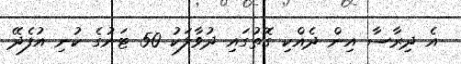
އެ ދިރާސާ އިން ދެއްކި ގޮތުގައި ދުވާލަކު 50 ޓަނުގެ ކުނި އުފެދޭ